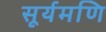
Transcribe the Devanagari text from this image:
सूर्यमणि